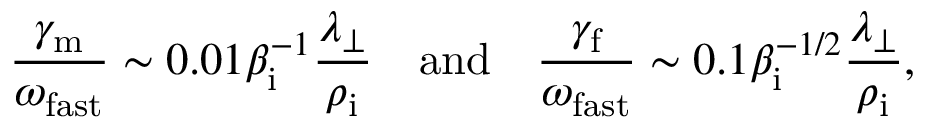
\frac { \gamma _ { \mathrm { m } } } { \omega _ { \mathrm { f a s t } } } \sim 0 . 0 1 \beta _ { \mathrm { i } } ^ { - 1 } \frac { \lambda _ { \perp } } { \rho _ { \mathrm { i } } } \quad \mathrm { a n d } \quad \frac { \gamma _ { \mathrm { f } } } { \omega _ { \mathrm { f a s t } } } \sim 0 . 1 \beta _ { \mathrm { i } } ^ { - 1 / 2 } \frac { \lambda _ { \perp } } { \rho _ { \mathrm { i } } } ,